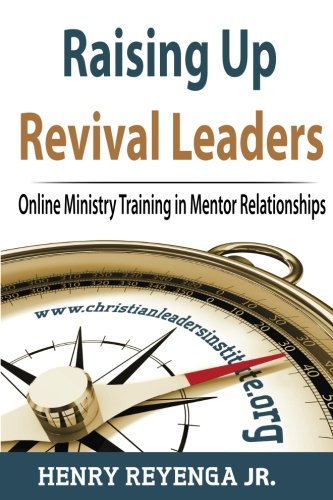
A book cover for Raising Up Revival Leaders: Online Ministry Training in Mentor Relationships; Henry Reyenga Jr; Religion & Spirituality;